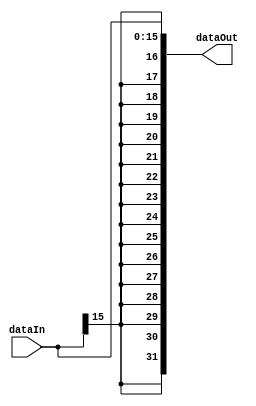
module signExtend(dataIn, dataOut);
input [15:0] dataIn;
output [31:0] dataOut;
reg [31:0] dataOut;
always @ (dataIn)
	begin
		dataOut <= { {16{dataIn[15]}}, dataIn[15:0]};
   end
endmodule